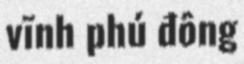
vĩnh phú đông